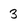
Character: 3